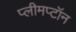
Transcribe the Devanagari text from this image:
प्लीमप्टॉन